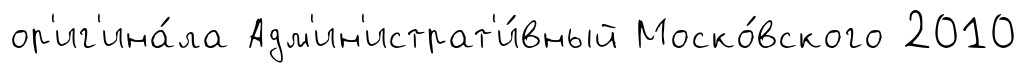
ор'иг'ина́ла Адм'ин'истрат'и́вный Моско́вского 2010